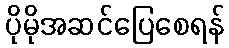
ပိုမိုအဆင်ပြေစေရန်